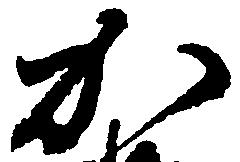
加